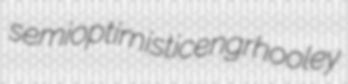
semioptimistic engr hooley